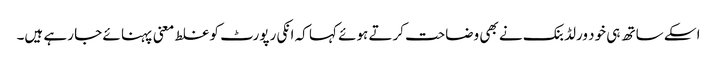
اسکے ساتھ ہی خود ورلڈ بنک نے بھی وضاحت کرتے ہوئے کہا کہ انکی رپورٹ کو غلط معنی پہنا ئے جا رہے ہیں۔